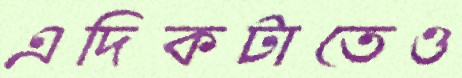
এদিকটাতেও